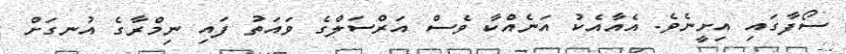
ސޯފާގައި އިށީނެވެ. އެއާއެކު އަނެއްކާ ވެސް އަރްސަލްގެ ވައަތު ފައި ނިމްރާގެ އުނގަށް